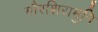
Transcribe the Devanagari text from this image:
गौरशिरामुनि